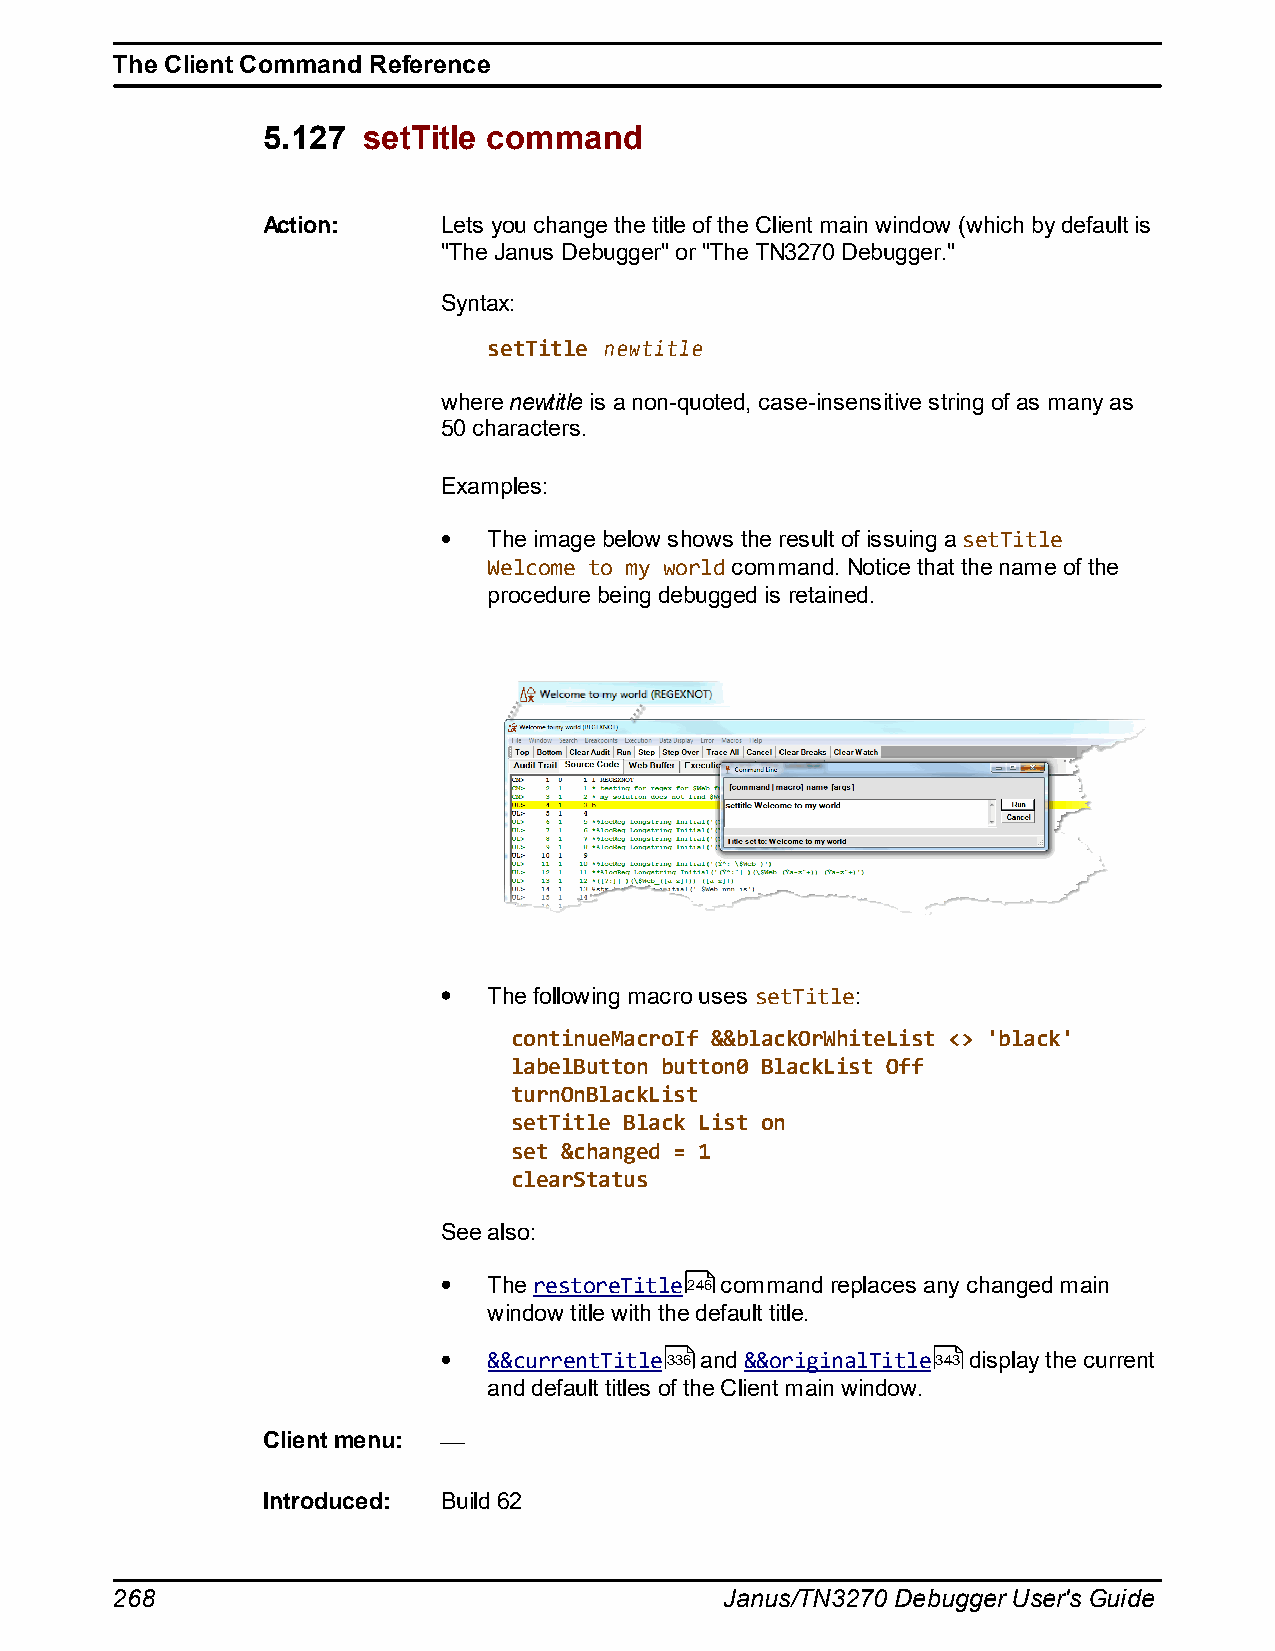
The Client Command Reference
 5.127  setTitle command
 Action:     Lets you change the title of the Client main window (which by default is
 "The Janus Debugger" or "The TN3270 Debugger."
 Syntax:
 setTitle newtitle
 where newtitle is a non-quoted, case-insensitive string of as many as
 50 characters.
 Examples:
 The image below shows the result of issuing a setTitle
 Welcome to my world command. Notice that the name of the
 procedure being debugged is retained.
 The following macro uses setTitle:
 continueMacroIf &&blackOrWhiteList <> 'black'
 labelButton button0 BlackList Off
 turnOnBlackList
 setTitle Black List on
 set &changed = 1
 clearStatus
 See also:
 The restoreTitle246 command replaces any changed main
 window title with the default title.
 &&currentTitle336 and &&originalTitle343 display the current
 and default titles of the Client main window.
 Client menu:
 Introduced: Build 62
 268                                      Janus/TN3270 Debugger User's Guide